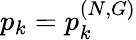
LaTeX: p_{k}=p_{k}^{(N,G)}